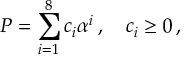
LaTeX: P = \sum _ { i = 1 } ^ { 8 } c _ { i } \alpha ^ { i } \, , \quad c _ { i } \ge 0 \, ,